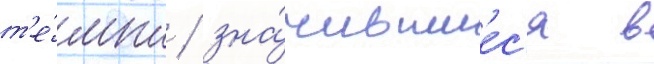
т'е́мпл / зна́чившиес'я в